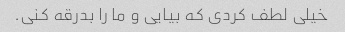
خیلی لطف کردی که بیایی و ما را بدرقه کنی.